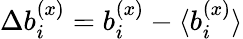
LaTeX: \Delta b_{i}^{(x)}=b_{i}^{(x)}-\langle{b_{i}^{(x)}}\rangle